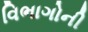
વિભાગોની